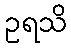
ဥရသိ